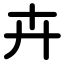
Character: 卉